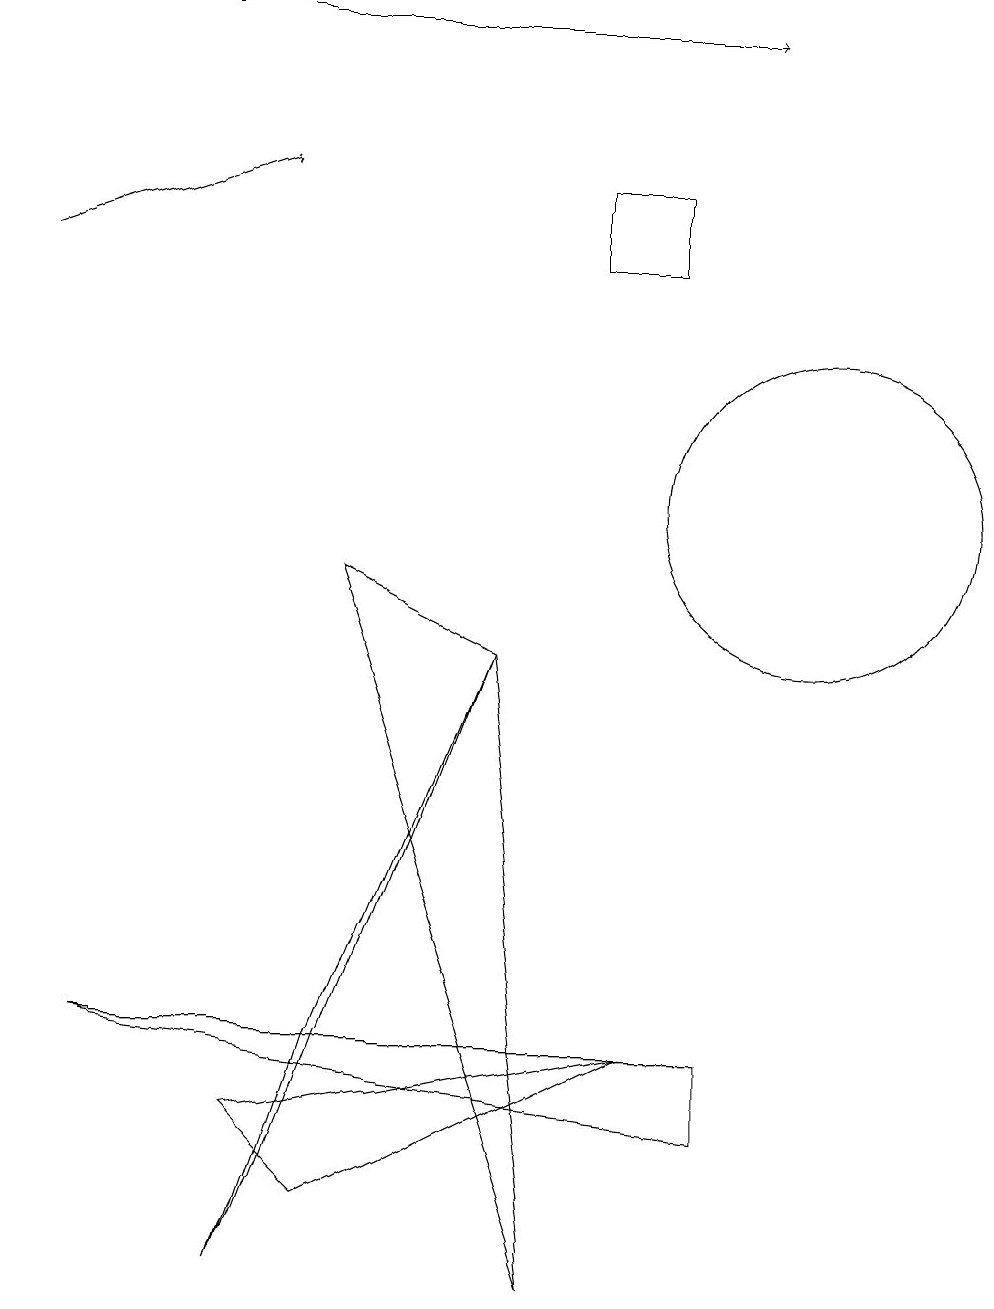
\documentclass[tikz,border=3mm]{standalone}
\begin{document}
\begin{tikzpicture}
\draw (4,9) -- (7,0) -- (6,8) -- cycle;
\draw[->] (2,16) -- (9,16);
\draw (6,8) -- (4,3) -- (3,0) -- cycle;
\draw (7,14) rectangle (8,13);
\draw (9,2) -- (9,3) -- (1,3) -- cycle;
\draw (10,10) circle (2);
\draw[->] (0,13) -- (3,14);
\draw (8,3) -- (3,2) -- (4,1) -- cycle;
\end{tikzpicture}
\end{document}